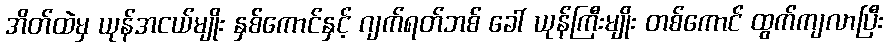
အိတ်ထဲမှ ယုန်အငယ်မျိုး နှစ်ကောင်နှင့် ဂျက်ရတ်ဘစ် ခေါ် ယုန်ကြီးမျိုး တစ်ကောင် ထွက်ကျလာပြီး